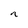
Character: n